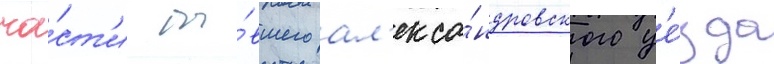
ча́ст'и бы́вшего ал'екса́ндровского уе́зда